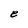
Character: e